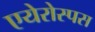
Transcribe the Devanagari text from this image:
एयेरोस्पस